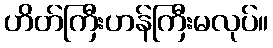
ဟိတ်ကြီးဟန်ကြီးမလုပ်။